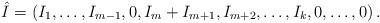
LaTeX: \begin{align*}\hat{I} = \left( I_1,\ldots, I_{m-1}, 0 , I_{m}+I_{m+1}, I_{m+2} ,\ldots, I_k, 0,\ldots, 0\right).\end{align*}